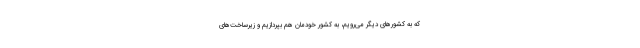
که به کشورهای دیگر می‌رویم، به کشور خودمان هم بپردازیم و زیرساخت‌های